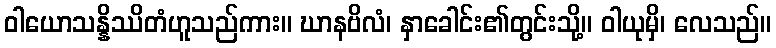
ဝါယောသန္နိဿိတံဟူသည်ကား။ ဃာနဗိလံ၊ နှာခေါင်း၏တွင်းသို့။ ဝါယုမှိ၊ လေသည်။